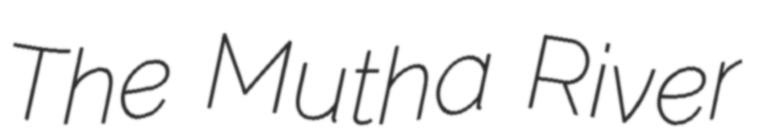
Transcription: The Mutha River